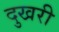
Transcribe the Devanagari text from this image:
दुखरी